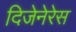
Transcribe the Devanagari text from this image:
दिजेनेरेस